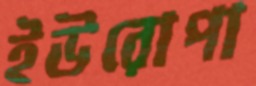
ইউরোপা